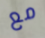
مع